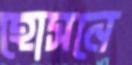
হোসনে